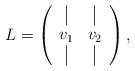
LaTeX: \begin{align*}L = \left( \begin{array}{cc} \vline & \vline \\ v_1 & v_2 \\ \vline & \vline\end{array}\right),\end{align*}